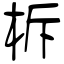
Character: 柝